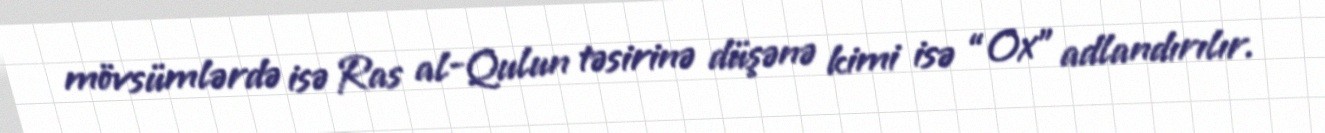
mövsümlərdə isə Ras al-Qulun təsirinə düşənə kimi isə “Ox” adlandırılır.